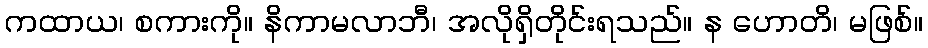
ကထာယ၊ စကားကို။ နိကာမလာဘီ၊ အလိုရှိတိုင်းရသည်။ န ဟောတိ၊ မဖြစ်။